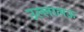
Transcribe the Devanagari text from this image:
उल्लालऊ